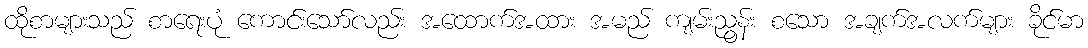
ထိုစာများသည် စာရေးပုံ ကောင်းသော်လည်း အထောက်အထား အမည် ကျမ်းညွန်း စသော အချက်အလက်များ ခိုင်မာ